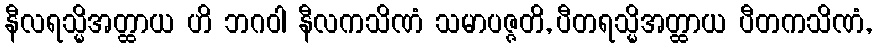
နီလရသ္မိအတ္ထာယ ဟိ ဘဂဝါ နီလကသိဏံ သမာပဇ္ဇတိ, ပီတရသ္မိအတ္ထာယ ပီတကသိဏံ,